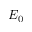
E _ { 0 }